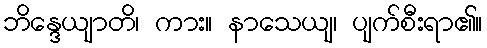
ဘိန္ဒေယျာတိ၊ ကား။ နာသေယျ၊ ပျက်စီးရာ၏။